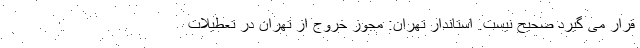
قرار می گیرد صحیح نیست. استاندار تهران: مجوز خروج از تهران در تعطیلات